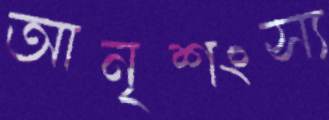
আনৃশংস্য